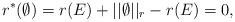
LaTeX: \begin{align*}r^*(\emptyset)=r(E)+||\emptyset||_r-r(E)=0,\end{align*}